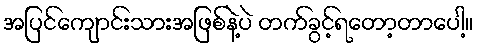
အပြင်ကျောင်းသားအဖြစ်နဲ့ပဲ တက်ခွင့်ရတော့တာပေါ့။